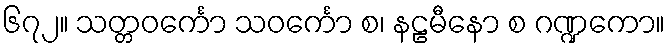
၆၇၂။ သတ္တဝင်္ကော သဝင်္ကော စ၊ နဠမီနော စ ဂဏ္ဍကော။